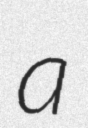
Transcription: a